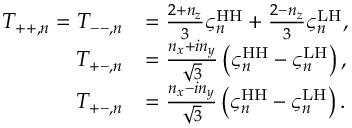
\begin{array} { r l } { T _ { + + , n } = T _ { -- , n } } & { = \frac { 2 + n _ { z } } { 3 } \varsigma _ { n } ^ { \mathrm { H H } } + \frac { 2 - n _ { z } } { 3 } \varsigma _ { n } ^ { \mathrm { L H } } , } \\ { T _ { + - , n } } & { = \frac { n _ { x } + i n _ { y } } { \sqrt { 3 } } \left( \varsigma _ { n } ^ { \mathrm { H H } } - \varsigma _ { n } ^ { \mathrm { L H } } \right) , } \\ { T _ { + - , n } } & { = \frac { n _ { x } - i n _ { y } } { \sqrt { 3 } } \left( \varsigma _ { n } ^ { \mathrm { H H } } - \varsigma _ { n } ^ { \mathrm { L H } } \right) . } \end{array}